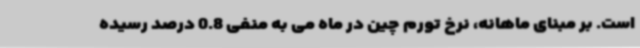
است. بر مبنای ماهانه، نرخ تورم چین در ماه می به منفی 0.8 درصد رسیده